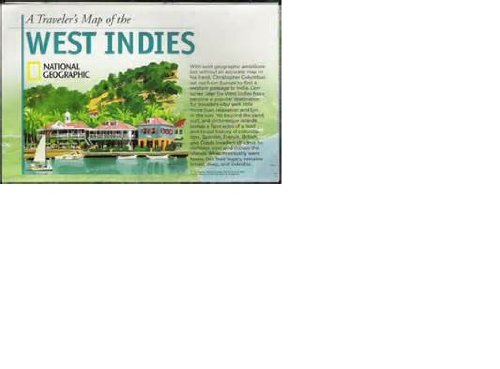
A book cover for A Traveler's Map of the West Indies (National Geographic Maps); Travel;